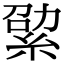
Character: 𦀧